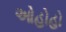
ઓહોહો